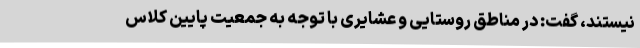
نیستند، گفت: در مناطق روستایی و عشایری با توجه به جمعیت پایین کلاس